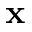
\mathbf { x }